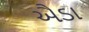
ઐડા